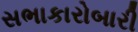
સભાકારોબારી